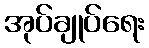
အုပ်ချုပ်ရေး